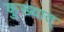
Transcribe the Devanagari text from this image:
कुख्यात्